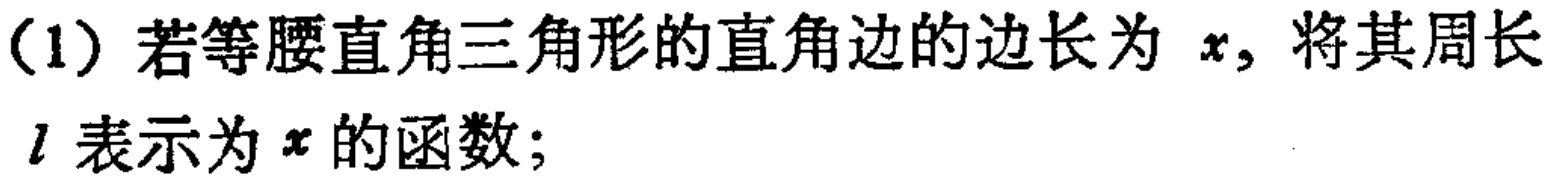
(1) 若等腰直角三角形的直角边的边长为 \(x\)，将其周长 \(l\) 表示为 \(x\) 的函数；